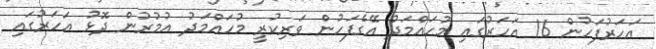
އަހަރުފަހުން 16 އަހަރުގައި މުހައްމަދު އޭގެފަހުން ވަރިކުރީ މުހައްމަދު އުމުރުން ދޮޅު އަހަރުގައި